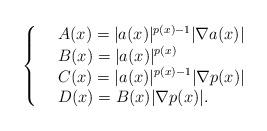
LaTeX: \begin{align*} \left\{\begin{array}{ll} &\displaystyle A(x)=|a(x)|^{p(x)-1}|\nabla a(x)|\\ &\displaystyle B(x)=|a(x)|^{p(x)}\\ &\displaystyle C(x)=|a(x)|^{p(x)-1}|\nabla p(x)|\\ &\displaystyle D(x)=B(x)|\nabla p(x)|. \end{array}\right. \end{align*}